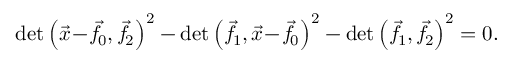
\operatorname* { d e t } \left( { \vec { x } } \! - \! { \vec { f } } \! _ { 0 } , { \vec { f } } \! _ { 2 } \right) ^ { 2 } - \operatorname* { d e t } \left( { \vec { f } } \! _ { 1 } , { \vec { x } } \! - \! { \vec { f } } \! _ { 0 } \right) ^ { 2 } - \operatorname* { d e t } \left( { \vec { f } } \! _ { 1 } , { \vec { f } } \! _ { 2 } \right) ^ { 2 } = 0 .